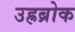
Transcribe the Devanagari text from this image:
उह्रब्रोक